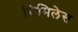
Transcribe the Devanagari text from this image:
सिमिलेस